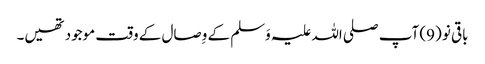
باقی نو (9) آپ صلی اللہ علیہ وَسلم کے وِصال کے وقت موجود تھیں۔